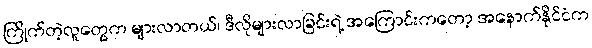
ကြိုက်တဲ့လူတွေက များလာတယ်၊ ဒီလိုများလာခြင်းရဲ့ အကြောင်းကတော့ အနောက်နိုင်ငံက